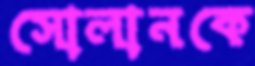
সোলানকে